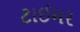
ટાઈમર